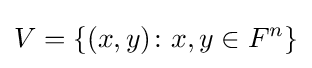
V=\{(x,y)\colon x,y\in F^{n}\}